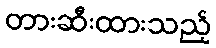
တားဆီးထားသည့်